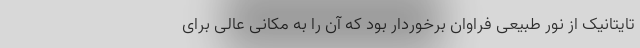
تایتانیک از نور طبیعی فراوان برخوردار بود که آن را به مکانی عالی برای